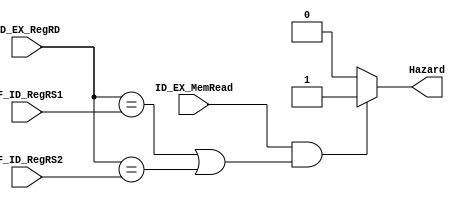
`timescale 1ns / 1ps

module hazard_detection_unit (
    input ID_EX_MemRead,
    input ID_EX_RegRD,
    input IF_ID_RegRS1,
    input IF_ID_RegRS2,
    output reg Hazard
);

always @(*) begin
    if (ID_EX_MemRead && ((ID_EX_RegRD == IF_ID_RegRS1) || (ID_EX_RegRD == IF_ID_RegRS2)))
        Hazard = 1;
    else
        Hazard = 0;    
end

endmodule